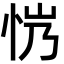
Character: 𢘏